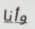
وأنا